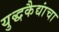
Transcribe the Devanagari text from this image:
युद्धकैद्यांचा